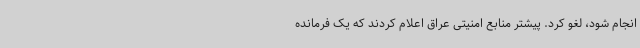
انجام شود، لغو کرد. پیشتر منابع امنیتی عراق اعلام کردند که یک فرمانده